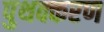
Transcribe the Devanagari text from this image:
पुथक्करण